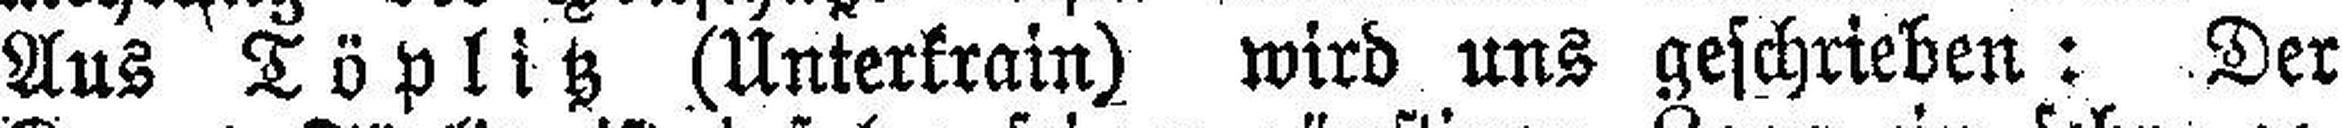
Aus Töplitz (Unterkrain) wird uns geschrieben: Der